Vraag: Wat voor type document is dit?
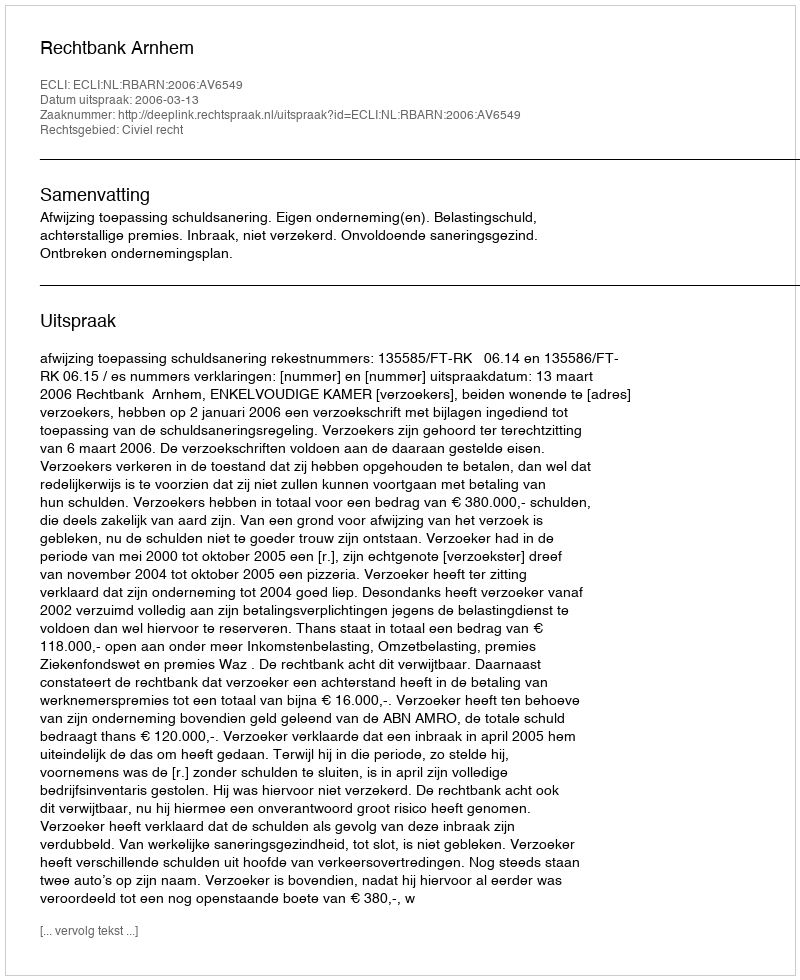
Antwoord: Uitspraak